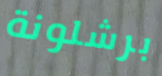
برشلونة